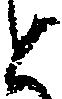
と